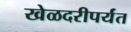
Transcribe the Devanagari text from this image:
खेळदरीपर्यंत